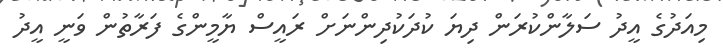
މިއަދުގެ އީދު ސަލާންކުރަން ދިޔަ ކުދަކުދިންނަށް ރައީސް ޔާމީންގެ ފަރާތުން ވަނީ އީދު